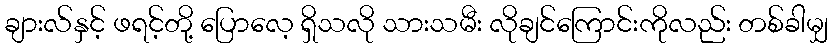
ချားလ်နှင့် ဖရင့်တို့ ပြောလေ့ ရှိသလို သားသမီး လိုချင်ကြောင်းကိုလည်း တစ်ခါမျှ